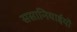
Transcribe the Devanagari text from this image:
ससानियाईयों